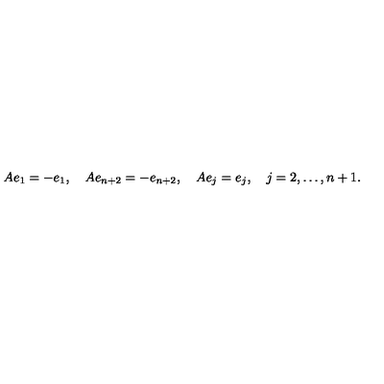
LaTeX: A e _ { 1 } = - e _ { 1 } , \quad A e _ { n + 2 } = - e _ { n + 2 } , \quad A e _ { j } = e _ { j } , \quad j = 2 , \ldots , n + 1 .